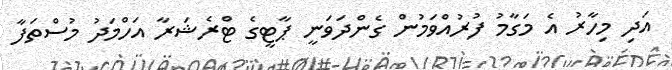
އަދި މިހާރު އެ މަގާމު ފުރުއްވަމުން ގެންދަވަނީ ޕާޓީގެ ޓްރެޝަރާ އަހްމަދު މުސްތަފާ